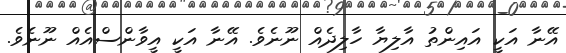
އޭނާ އަކީ އައިންތު އާލިޔާ ހާލިދެއް ނޫނެވެ. އޭނާ އަކީ އީވާންސްއެއް ނޫނެވެ.